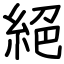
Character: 絕